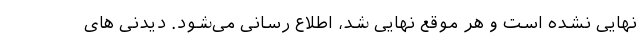
نهایی نشده است و هر موقع نهایی شد، اطلاع رسانی می‌شود. دیدنی های